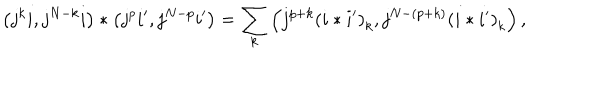
LaTeX: \left( j ^ { k } i , j ^ { N - k } i \right) \ast \left( j ^ { p } i ^ { \prime } , j ^ { N - p } i ^ { \prime } \right) = \sum _ { k } \left( j ^ { p + k } \left( i \ast i ^ { \prime } \right) _ { k } , j ^ { N - \left( p + k \right) } \left( i \ast i ^ { \prime } \right) _ { k } \right) ,